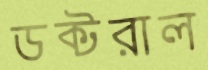
ডক্টরাল